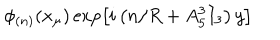
\phi _ { ( n ) } ( x _ { \mu } ) \exp \left[ i \left( n / R + A _ { 5 } ^ { 3 } I _ { 3 } \right) y \right]